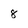
Character: 8